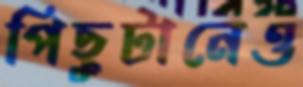
পিছুটানেও